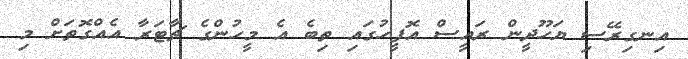
އިނގިރޭސި ޔަހޫދީން ރައީސް އޮފީހުގައި ތިބެ އެ މީހުންގެ ޗާޓަރާ އެއްގޮތަށް މި